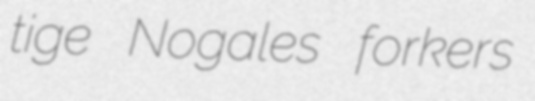
tige Nogales forkers